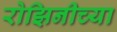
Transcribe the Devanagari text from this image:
रोझिनीच्या